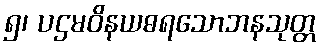
၅၊ ပဌမဝိနယဓရသောဘနသုတ္တ